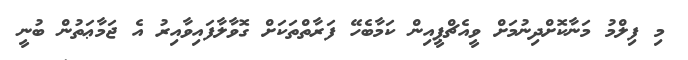
މި ފިލްމު މަނާކޮށްދިނުމަށް ވީއެޗްޕީއިން ކަމާބެހޭ ފަރާތްތަކަށް ގޮވާލާފައިވާއިރު އެ ޖަމާޢަތުން ބުނީ